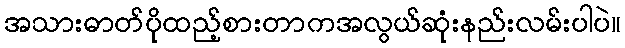
အသားဓာတ်ပိုထည့်စားတာကအလွယ်ဆုံးနည်းလမ်းပါပဲ။